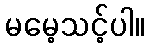
မမေ့သင့်ပါ။